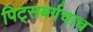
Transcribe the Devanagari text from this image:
पिट्सबर्गचाच